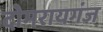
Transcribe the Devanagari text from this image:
दोमरायगंज